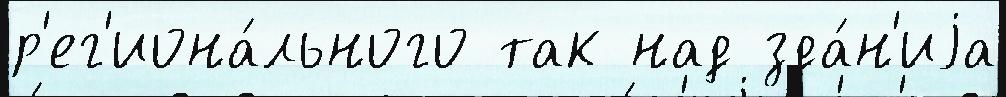
р'ег'иона́льного так над зда́н'иjа